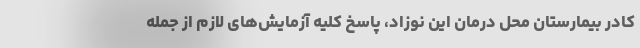
کادر بیمارستان محل درمان این نوزاد، پاسخ کلیه آزمایش‌های لازم از جمله